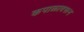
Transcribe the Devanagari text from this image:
कपाळावरून